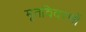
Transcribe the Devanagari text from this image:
मृतविवरणों